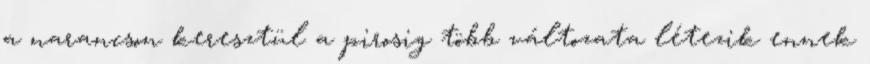
a narancson keresztül a pirosig több változata létezik ennek